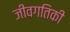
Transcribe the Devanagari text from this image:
जीवगतिकी